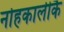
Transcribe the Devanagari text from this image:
नोहकालीकै